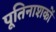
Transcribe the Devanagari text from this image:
पूतिनाशकों